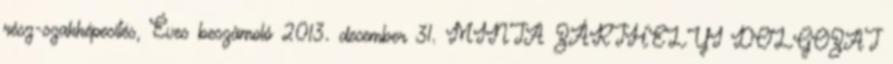
rész-szakképesítés, Éves beszámoló 2013. december 31. MINTA ZÁRTHELYI DOLGOZAT